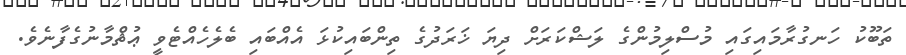
ތަބޫކު ހަނގުރާމައިގައި މުސްލިމުންގެ ލަޝްކަރަށް ދިޔަ ޚަރަދުގެ ތިންބައިކުޅަ އެއްބައި ބެލެހެއްޓެވީ ޢުޘްމާނުގެފާނެވެ.